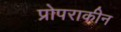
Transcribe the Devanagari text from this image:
प्रोपराकीन